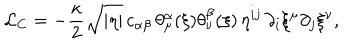
\mathcal L _ { \mathrm C } = - \frac { \kappa } { 2 } \sqrt { | \eta | } \, c _ { \alpha \beta } \, \theta _ { \mu } ^ { \alpha } ( \xi ) \theta _ { \nu } ^ { \beta } ( \xi ) \, \eta ^ { i j } \, \partial _ { i } \xi ^ { \mu } \partial _ { j } \xi ^ { \nu } ,